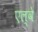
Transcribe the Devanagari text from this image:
एल्वे